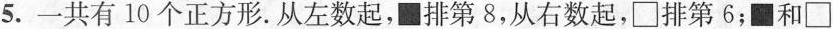
5.一共有10个正方形.从左数起，■排第8，从右数起，\Box 排第6；■和\Box